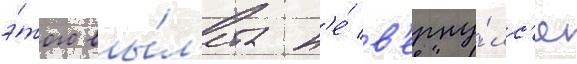
э́того вы́л'ета н'е́ в'ерну́лс'я